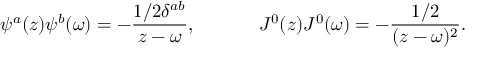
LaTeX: \psi ^ { a } ( z ) \psi ^ { b } ( \omega ) = - \frac { 1 / 2 \delta ^ { a b } } { z - \omega } , ~ ~ ~ ~ ~ ~ ~ ~ ~ ~ J ^ { 0 } ( z ) J ^ { 0 } ( \omega ) = - \frac { 1 / 2 } { ( z - \omega ) ^ { 2 } } .